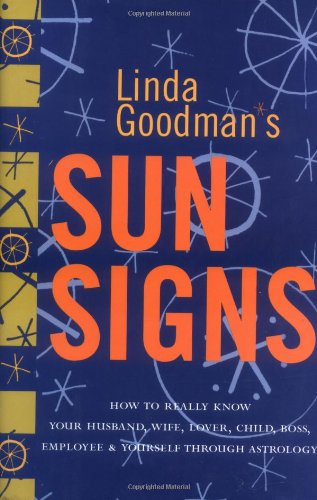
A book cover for Linda Goodman's Sun Signs; Linda Goodman; Religion & Spirituality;